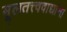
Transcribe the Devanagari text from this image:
मूलतत्त्ववाद्यांना